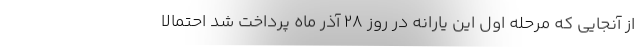
از آنجایی که مرحله اول این یارانه در روز ۲۸ آذر ماه پرداخت شد احتمالا